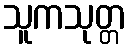
သူကသုတ္တ